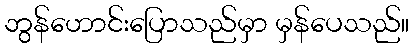
ဘွန်ဟောင်းပြောသည်မှာ မှန်ပေသည်။